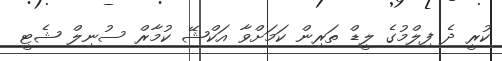
ކުރީ ދެ ފިލްމުގެ ލީޑް ތަރިން ކަމަށްވާ އަކްޝޭ ކުމާރް ސުނިލް ޝެޓީ